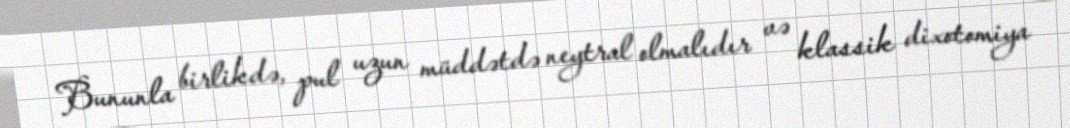
Bununla birlikdə, pul uzun müddətdə neytral olmalıdır və klassik dixotomiya